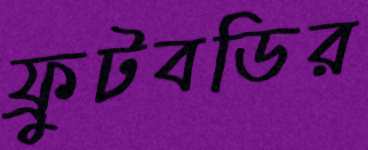
ফ্রুটবডির